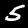
Label: 5